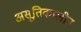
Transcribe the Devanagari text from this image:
असूतिकालीन